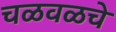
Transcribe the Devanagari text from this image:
चळवळचे